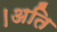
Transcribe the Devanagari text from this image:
।अति